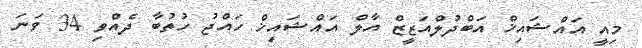
މިއީ އައްޝައިޚް އަބްދުލްއަޒީޒް އާލް އައްޝައިޚް ހައްޖު ހުތުބާ ދެއްވި 34 ވަނަ